Indian journal of veterinary science and animal husbandry - Volumes 24-25, 1954-1955
Year: 1954
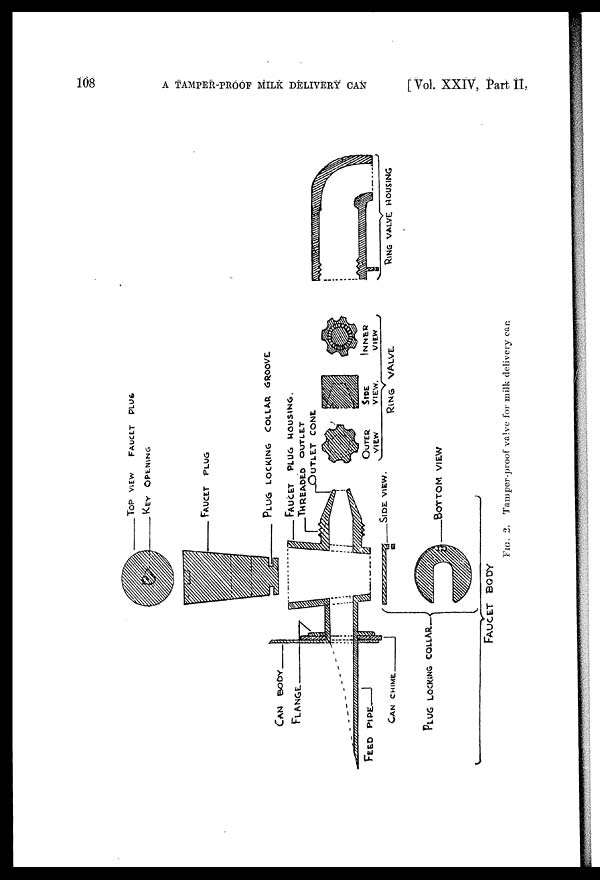
108
A TAMPER-PROOF MILK DELIVERY CAN
[Vol. XXIV, Part II,
FIG.
2. Tamper-proof valve for milk delivery can